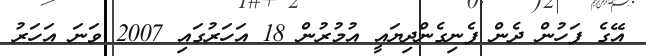
އޭގެ ފަހުން ދެން ފެނިގެންދިޔައީ އުމުރުން 18 އަހަރުގައި 2007 ވަނަ އަހަރު